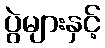
ပွဲများနှင့်